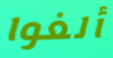
ألغوا